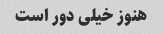
هنوز خیلی دور است